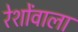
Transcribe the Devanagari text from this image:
रेशोंवाला